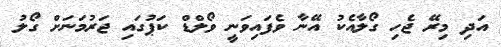
އަދި މިރޭ ޖެހި ގޯލާއެކު އޭނާ ވެފައިވަނީ ވޯލްޑް ކަޕުގައި ޖަރުމަނަށް ގޯލު